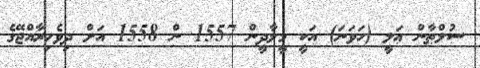
ސުލްޠާން ޢަލީ (ހަވަނަ) އަކީ މީލާދީން 1557 ން 1558 އަށް ދިވެހިރާއްޖޭގެ